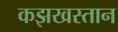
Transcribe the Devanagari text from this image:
कझखस्तान